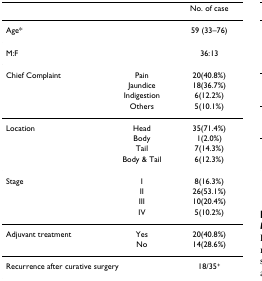
<table><thead><tr><td></td><td></td><td><b>No. of case</b></td></tr></thead><tbody><tr><td>Age*</td><td></td><td>59 (33–76)</td></tr><tr><td>M:F</td><td></td><td>36:13</td></tr><tr><td>Chief Complaint</td><td>Pain</td><td>20(40.8%)</td></tr><tr><td></td><td>Jaundice</td><td>18(36.7%)</td></tr><tr><td></td><td>Indigestion</td><td>6(12.2%)</td></tr><tr><td></td><td>Others</td><td>5(10.1%)</td></tr><tr><td>Location</td><td>Head</td><td>35(71.4%)</td></tr><tr><td></td><td>Body</td><td>1(2.0%)</td></tr><tr><td></td><td>Tail</td><td>7(14.3%)</td></tr><tr><td></td><td>Body &amp; Tail</td><td>6(12.3%)</td></tr><tr><td>Stage</td><td>I</td><td>8(16.3%)</td></tr><tr><td></td><td>II</td><td>26(53.1%)</td></tr><tr><td></td><td>III</td><td>10(20.4%)</td></tr><tr><td></td><td>IV</td><td>5(10.2%)</td></tr><tr><td>Adjuvant treatment</td><td>Yes</td><td>20(40.8%)</td></tr><tr><td></td><td>No</td><td>14(28.6%)</td></tr><tr><td colspan="2">Recurrence after curative surgery</td><td>18/35<sup>+</sup></td></tr></tbody></table>